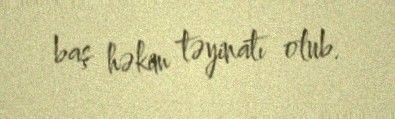
baş həkim təyinatı olub.